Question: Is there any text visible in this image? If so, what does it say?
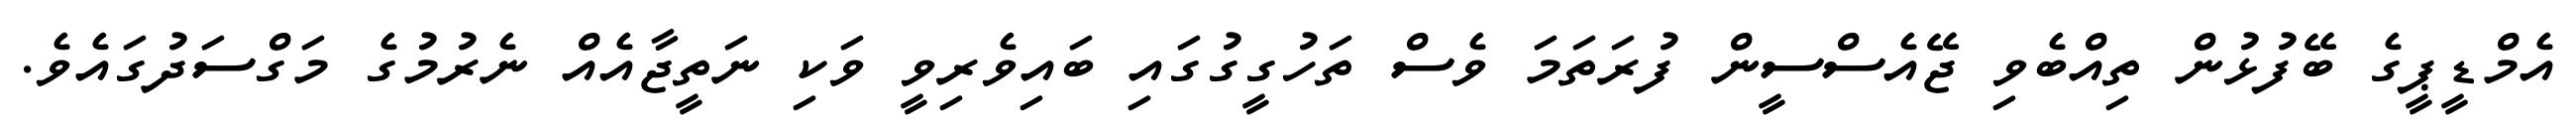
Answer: އެމްޑީޕީގެ ބޭފުޅުން ތިއްބެވި ޖޭއެސްސީން ފުރަތަމަ ވެސް ތަހުގީގުގައި ބައިވެރިވީ ވަކި ނަތީޖާއެއް ނެރުމުގެ މަގްސަދުގައެވެ.